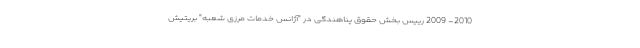
2010- 2009 رییس بخش حقوق پناهندگی در "آژانس خدمات مرزی شعبه" بریتیش